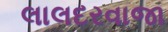
લાલદરવાજા